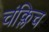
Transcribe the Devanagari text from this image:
चंक्लिच